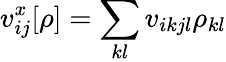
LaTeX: v_{ij}^{x}[\rho]=\sum_{kl}v_{ikjl}\rho_{kl}